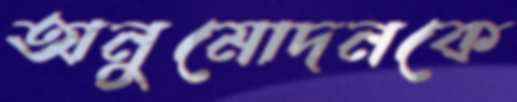
অনুমোদনকে